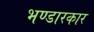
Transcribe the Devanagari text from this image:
भण्डारकार